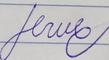
Signature authenticity: forged